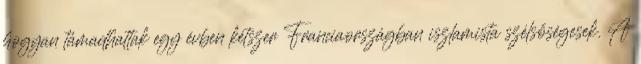
hogyan támadhattak egy évben kétszer Franciaországban iszlamista szélsőségesek. A